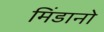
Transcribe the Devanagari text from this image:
मिंडानो